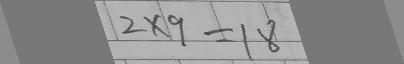
2 \times 9 = 1 8